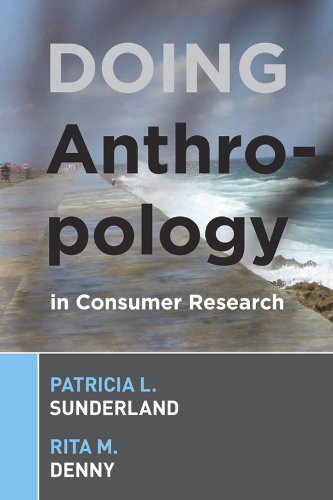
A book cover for DOING ANTHROPOLOGY IN CONSUMER RESEARCH; Patricia L Sunderland; Business & Money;